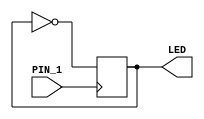
module top (
	input PIN_1,  // pin one
	output LED,  // onboard led
);

    always @(posedge PIN_1) LED = !LED;
endmodule